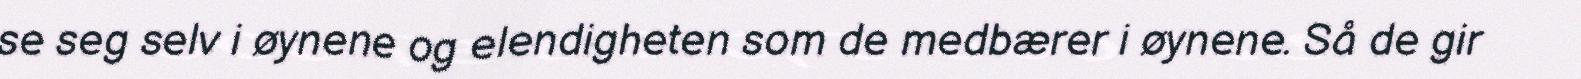
se seg selv i øynene og elendigheten som de medbærer i øynene. Så de gir